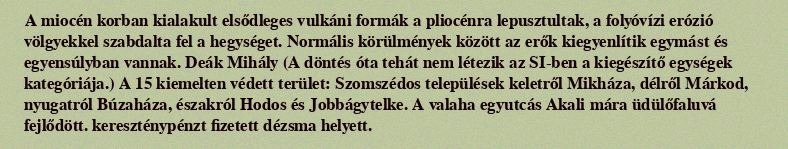
A miocén korban kialakult elsődleges vulkáni formák a pliocénra lepusztultak, a folyóvízi erózió völgyekkel szabdalta fel a hegységet. Normális körülmények között az erők kiegyenlítik egymást és egyensúlyban vannak. Deák Mihály (A döntés óta tehát nem létezik az SI-ben a kiegészítő egységek kategóriája.) A 15 kiemelten védett terület: Szomszédos települések keletről Mikháza, délről Márkod, nyugatról Búzaháza, északról Hodos és Jobbágytelke. A valaha egyutcás Akali mára üdülőfaluvá fejlődött. kereszténypénzt fizetett dézsma helyett.